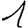
Digit: 1